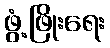
ဖွံ့ဖြိုးရေး